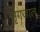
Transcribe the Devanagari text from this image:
मृगजाल